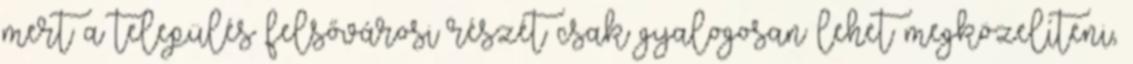
mert a település felsővárosi részét csak gyalogosan lehet megközelíteni,